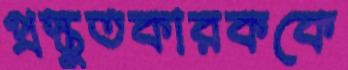
প্রস্তুতকারককে